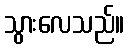
သွားလေသည်။